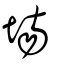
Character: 塲